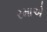
રમાએ